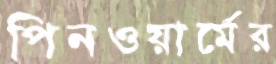
পিনওয়ার্মের